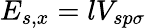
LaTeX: E_{s,x}=lV_{sp\sigma}